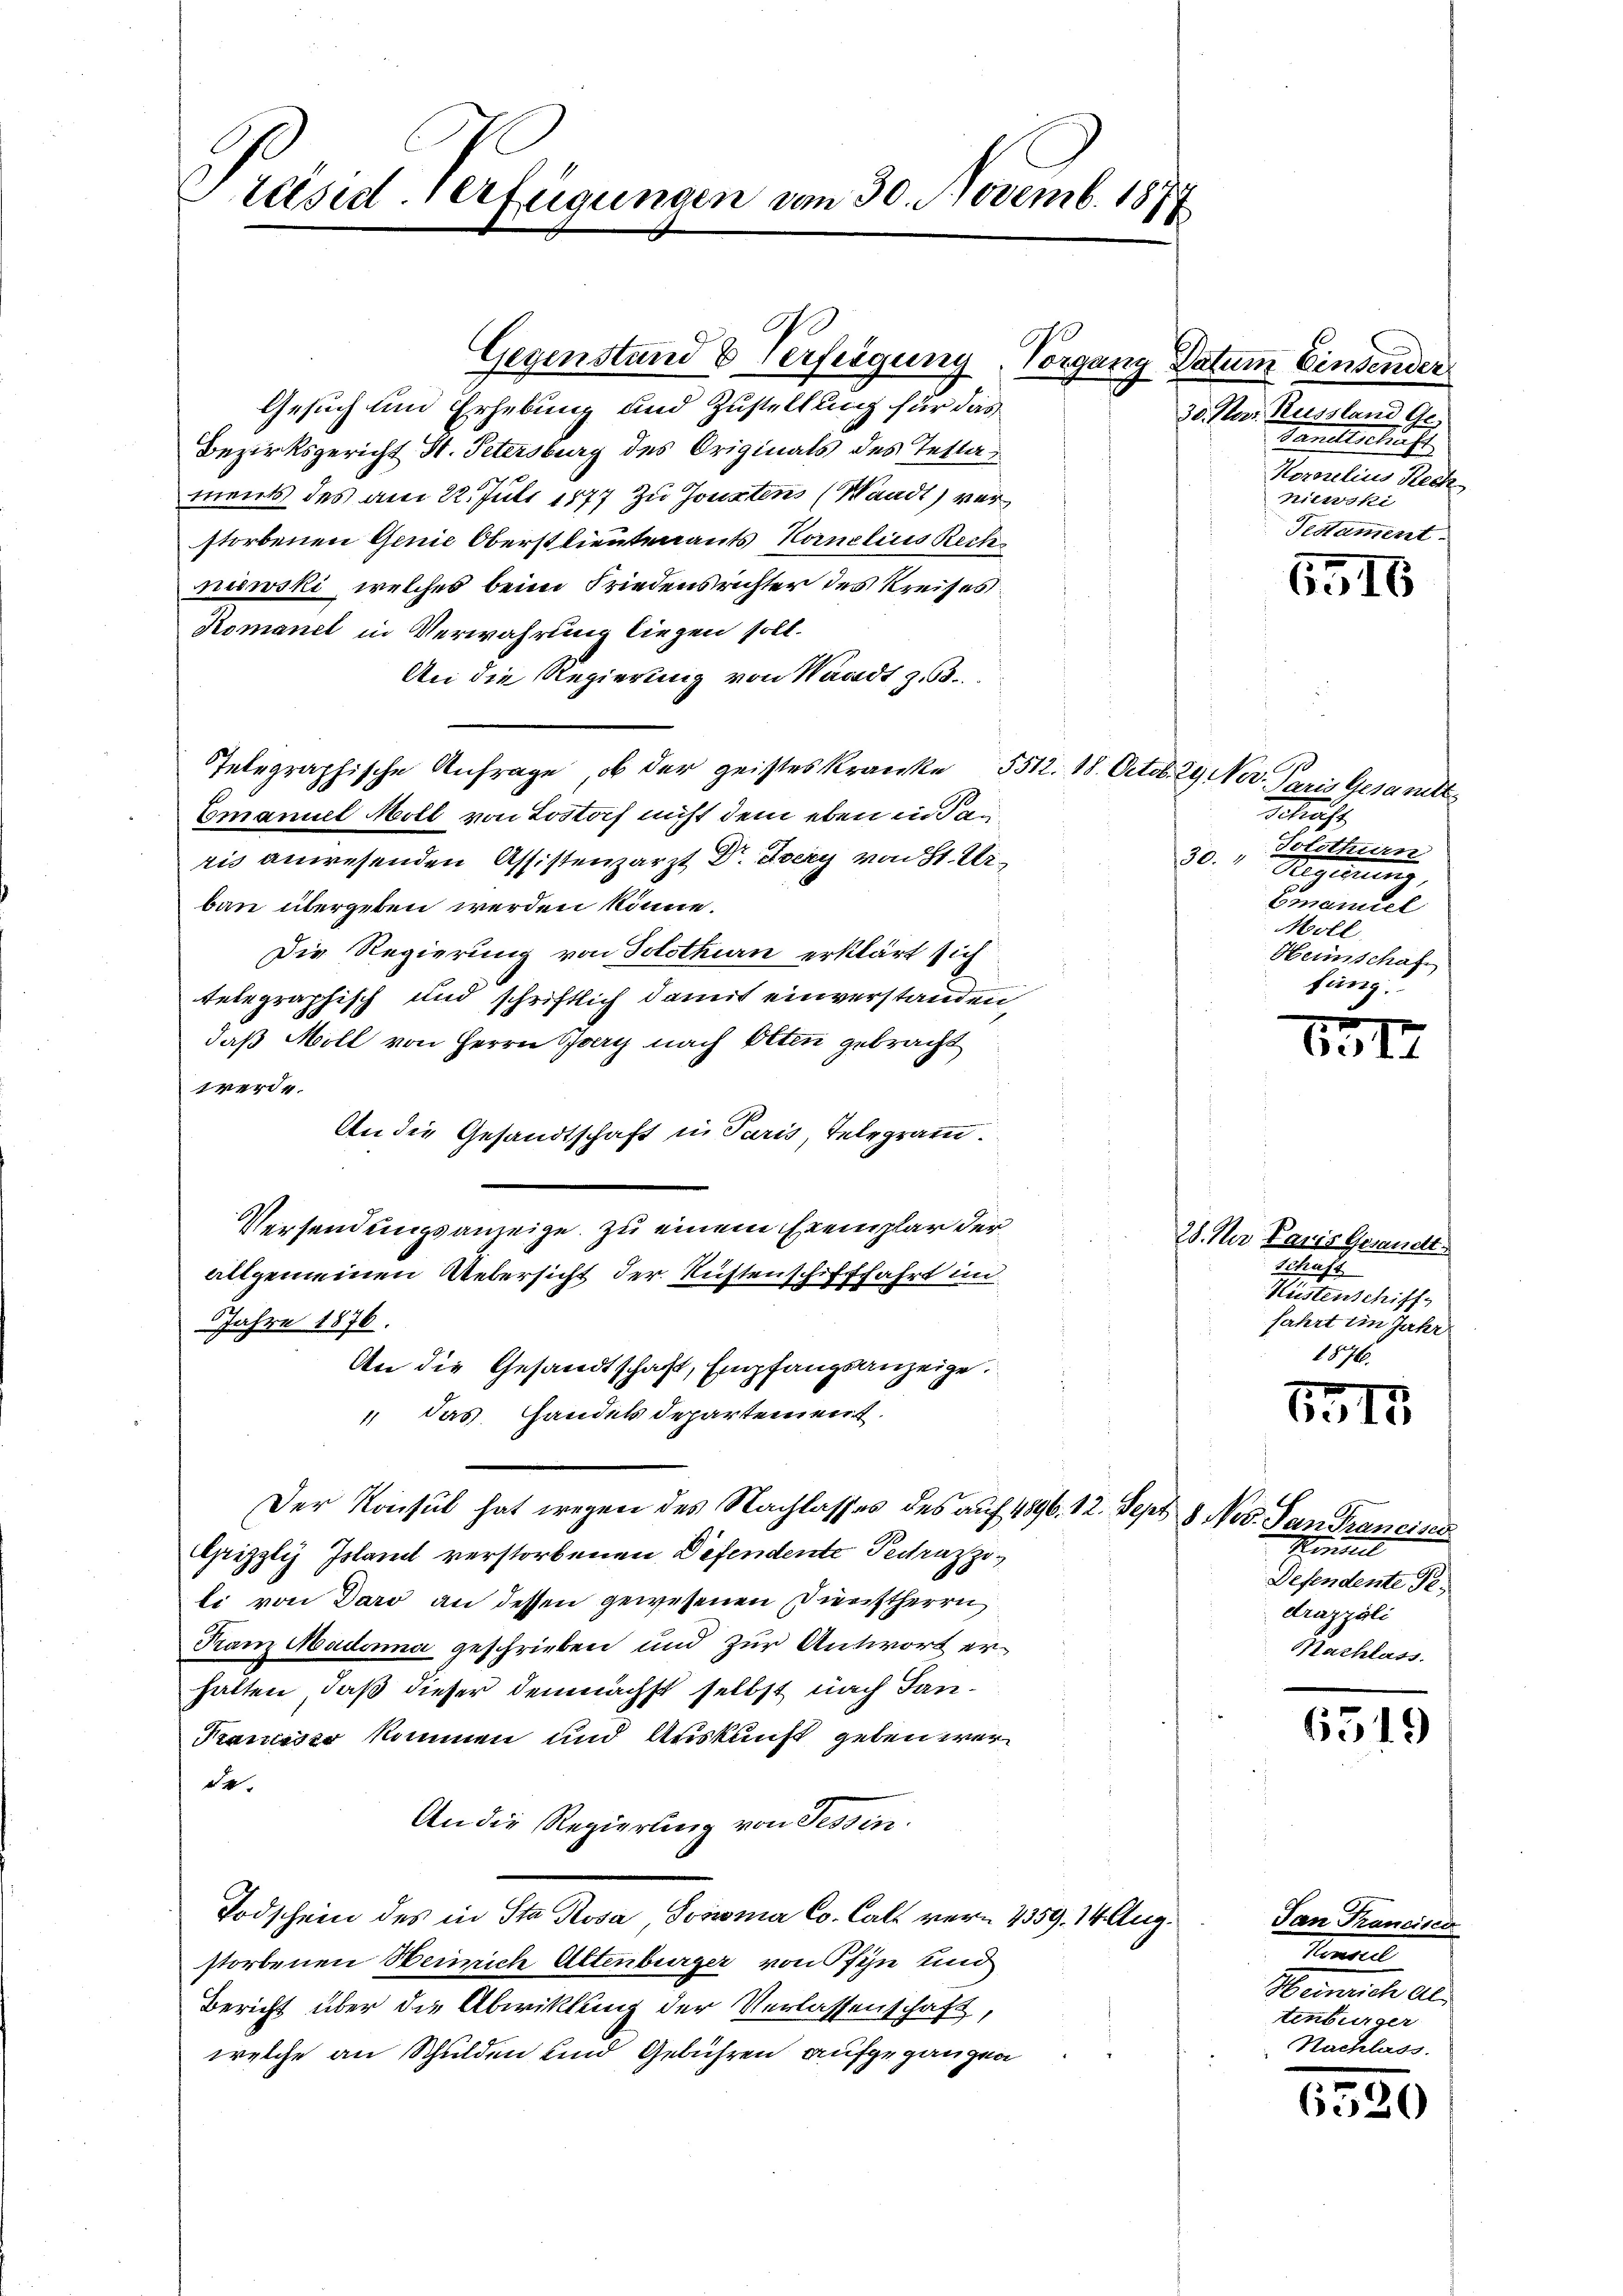
résiderfügungen vom 30. Novemb. 1877

60

Gegenstand & Verfeigung. Vorgang Datum Einsender
Gesuch um Erhebung und Zustellung für das
Bezirksgericht St. Petersburg des Originals des Testaments des am 22. Juli 1877 zu Jouxtens (Waadt) verstorbenen Genie Oberstlieutenants Kanzlins Rechniewski, welches beim Friedensrichter des Kreises
Romanet in Verwahrung liegen soll.
An die Regierung von Waadt z.
Telegraphische Anfrage, ob der geisteskranke 5512. 18. Octob. 29 Nov. Paris Gesandt
Emmaniel Moll von Lostorf nicht dem eben in dan
ris anwesenden Assistenzarzt Dr. Every von St. Urbau übergeben werden könne.
Die Regierung von Solothurn erklärt sich
telegraphisch und schriftlich damit einverstanden,
daß Moll von Herrn Bey nach Otten gebracht
1 werde.
An die Gesandtschaft in Paris, Telegramm.
Versendungsanzeige zu einem Exemplar der
allgemeinen Uebersicht der Richtenschifffahrt in
Jahre 1876.
An die Gesandtschaft, Empfangsanzeige.
 das Handels departement.
Der Konsul hat wegen des Nachlasses des auf 1896. 12. Sept 8. Nov. San Francisci
Grizzly Island verstorbenen Defendente Pectrazzoli von Daro an dessen gewesenen Dienstherrn
Franz Madonna geschrieben und zur Antwort erhatten, daß dieser demnächst selbst nach Tan¬
Krausser kommen und Auskunft geben werde
An die Regierung von Tessin
Todschein des in Sta Rosa, Josima Co. Cals vorn 1359. 14 Aug.
storbenen Semich Altenburger von Pfyn und
Bericht über die Abwicklung der Verlassenschaft,
welche an Schulden und Gebühren aufgegangen

30. Par Russland Ge
Sanitschaft
Hornelius Rech
niewski
Testament.

6516

1
ieche
Solothurn
30.
Aeginne
Emanuel
Moll,
Heimschaf
fäng

1317

28. Der Paris Gesandt.
Schaft
Hüstenschiff
fahrt im Jahr
1876.

1315

1
Minderl
Defendente Pedrazzáli
Nachlass.

6519

Tan Tranciser
Sensel
Heinrich als
tenburger
Nachlass.

6520